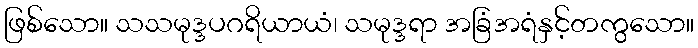
ဖြစ်သော။ သသမုဒ္ဒပဂရိယာယံ၊ သမုဒ္ဒရာ အခြံအရံနှင့်တကွသော။